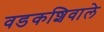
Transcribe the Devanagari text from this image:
वडकशिवाले